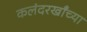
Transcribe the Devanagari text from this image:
कलंदरखाँच्या